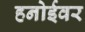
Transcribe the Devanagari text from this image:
हनोईवर